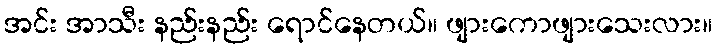
အင်း အာသီး နည်းနည်း ရောင်နေတယ်။ ဖျားကောဖျားသေးလား။